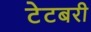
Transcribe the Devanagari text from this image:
टेटबरी